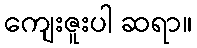
ကျေးဇူးပါ ဆရာ။